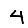
Digit: 4